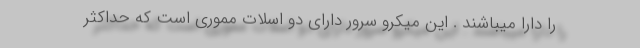
را دارا میباشند . این میکرو سرور دارای دو اسلات مموری است که حداکثر